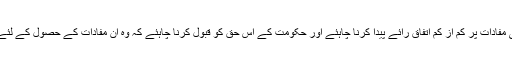
متحارب سیاسی قوتوں کو قومی مفادات پر کم از کم اتفاق رائے پیدا کرنا چاہئے اور حکومت کے اس حق کو قبول کرنا چاہئے کہ وہ ان مفادات کے حصول کے لئے عالمی سطح پر کام کر سکے۔